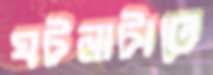
ঘটনাটাতে